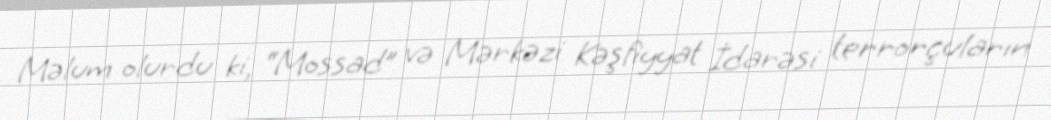
Məlum olurdu ki, “Mossad” və Mərkəzi Kəşfiyyat İdarəsi terrorçuların